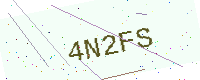
Text: 4N2FS